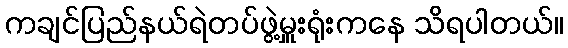
ကချင်ပြည်နယ်ရဲတပ်ဖွဲ့မှူးရုံးကနေ သိရပါတယ်။